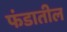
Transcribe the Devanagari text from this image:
फंडातील